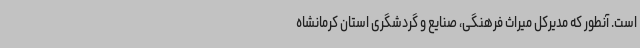
است. آنطور که مدیرکل میراث فرهنگی، صنایع و گردشگری استان کرمانشاه